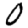
Digit: 0